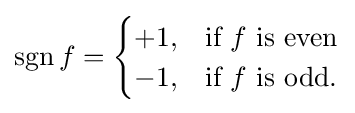
\operatorname {sgn} f={\begin{cases}+1,&{\text{if }}f{\mbox{ is even}}\\-1,&{\text{if }}f{\text{ is odd}}.\end{cases}}